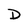
Character: D